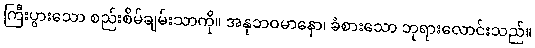
ကြီးပွားသော စည်းစိမ်ချမ်းသာကို။ အနုဘဝမာနော၊ ခံစားသော ဘုရားလောင်းသည်။